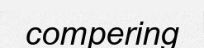
compering